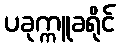
ပခုက္ကူခရိုင်